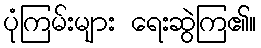
ပုံကြမ်းများ ရေးဆွဲကြ၏။